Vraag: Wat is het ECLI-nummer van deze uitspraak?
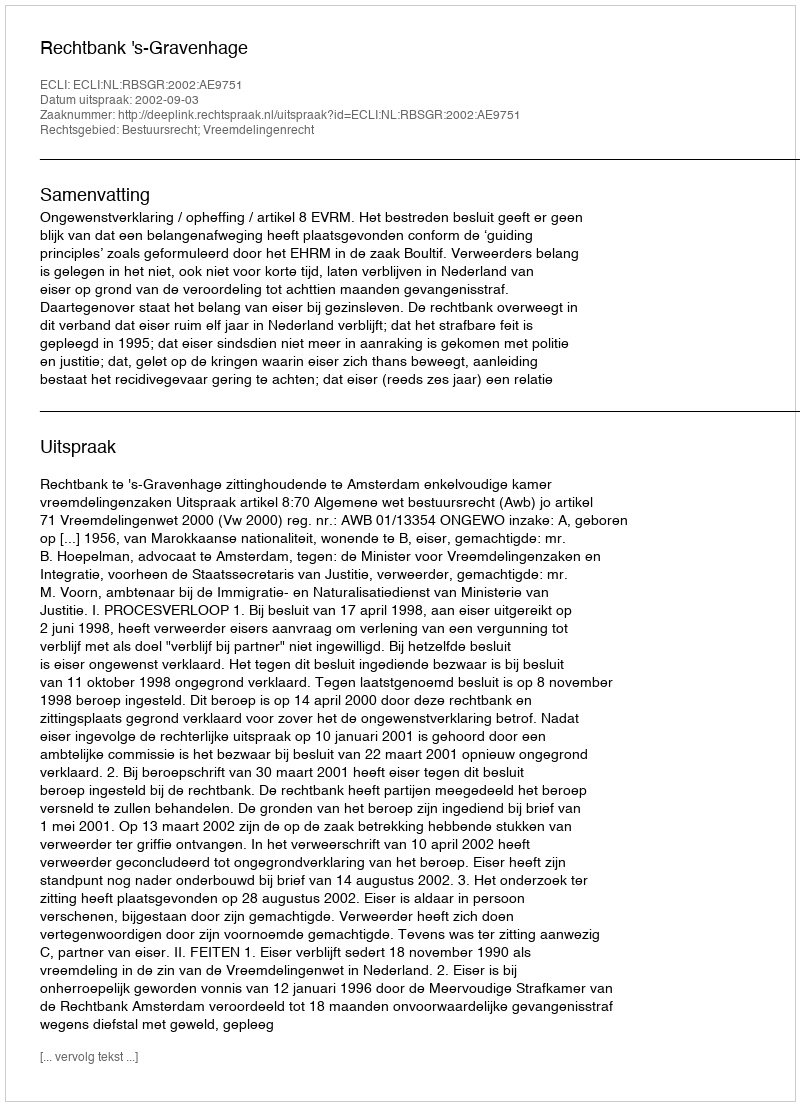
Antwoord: ECLI:NL:RBSGR:2002:AE9751